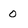
Character: 0